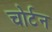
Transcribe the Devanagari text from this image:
चोर्टन